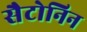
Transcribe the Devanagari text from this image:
सैटोनिन